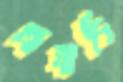
অনাদি